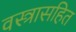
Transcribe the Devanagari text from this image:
वस्त्रासहित